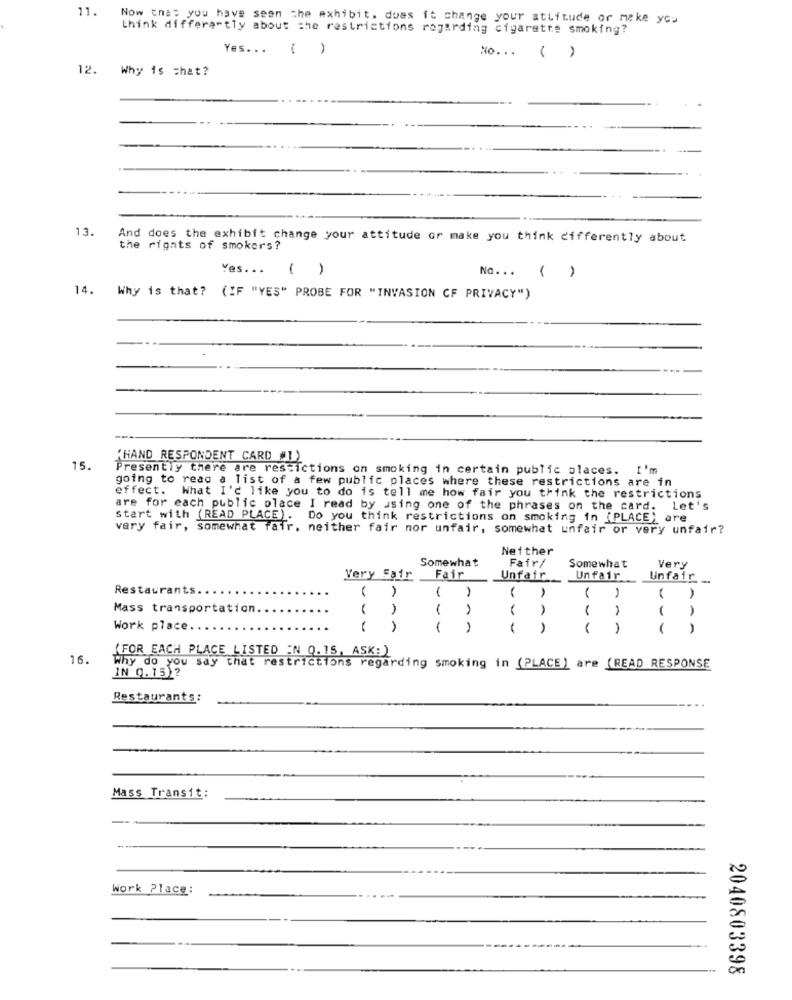
11.
Now that you have seen the exhibit, does it change your attitude or make you
think differently about the restrictions regarding cigarette smoking?
Yes ... ( )
No ...
( )
12.
Why is chat?
13.
And does the exhibit change your attitude or make you think differently about
the rights of smokers?
Yes ... ( )
No ... ( )
14. Why is that? (IF "YES" PROBE FOR "INVASION OF PRIVACY")
"HAND RESPONDENT CARD #1)
15.
Presently there are restictions on smoking in certain public places.
I'm
going to read a list of a few public places where these restrictions are in
effect. What I'd like you to do is tell me how fair you think the restrictions
are for each public place I read by using one of the phrases on the card. Let's
start with (READ PLACE). Do you think restrictions on smoking in (PLACE) are
very fair, somewhat fair, neither fair nor unfair, somewhat unfair or very unfair?
Neither
Somewhat
Fair/
Somewhat
Very
Very Fair
Fair
Unfair
Unfair
Unfair
-
Restaurants.
0,A
( )
( )
Mass transportation
Work place
--
=
(FOR EACH PLACE LISTED IN Q.15, ASK: )
16.
Why do you say that restrictions regarding smoking in (PLACE) are (READ RESPONSE
IN 0.15)?
Restaurants:
Mass Transit:
Work Place:
2040803398